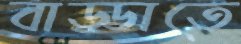
বাড্ডাতে